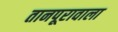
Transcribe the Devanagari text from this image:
तानपूरावाला